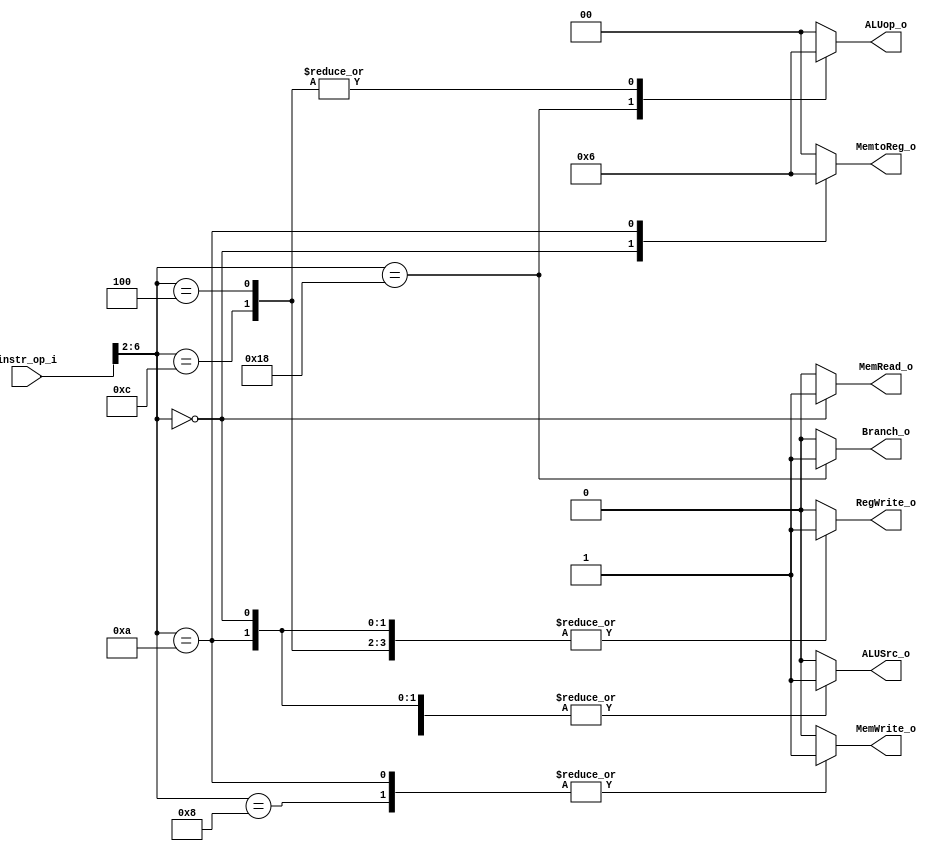
module Controller
(
    instr_op_i,
    ALUop_o,
    RegWrite_o,
    MemWrite_o,
    MemtoReg_o,
    MemRead_o,
    ALUSrc_o,
    Branch_o
);
//*****************************************************************************
    // Parameters Declaration
    // Operation codes
    localparam OPC_OP     = 5'b01100; // Operation
    localparam OPC_OP_IMM = 5'b00100; // Operation Immediate
    localparam OPC_LOAD   = 5'b00000; // Load
    localparam OPC_STORE  = 5'b01000; // Store
    localparam OPC_BRANCH = 5'b11000; // Branch
    localparam OPC_LUI    = 5'b01101; // LUI
    localparam OPC_AUIPC  = 5'b00101; // AUIPC
    localparam OPC_SWAI   = 5'b01010;
    // Function codes
    // Arithmetic Operation
    localparam F3_ADDSUB = 3'b000; // Addition / Subtration
    localparam F3_SLT    = 3'b010; // Set less than (signed)
    localparam F3_SLTU   = 3'b011; // Set less than (unsigned)
    localparam F3_XOR    = 3'b100; // Exclusive OR
    localparam F3_OR     = 3'b110; // OR logic
    localparam F3_AND    = 3'b111; // AND logic
    localparam F3_SLL    = 3'b001; // Logic shift left
    localparam F3_SR     = 3'b101; // Shift right (Logic / Arithmetic)
    
    // I/O Port Declaration
    input  wire [7-1:0] instr_op_i; // Instruction opcode
    output  reg [2-1:0] ALUop_o;    // ALU opcode
    output  reg         RegWrite_o; // Register Write signal
    output  reg         MemWrite_o; // Memory Write signal
    output  reg [2-1:0] MemtoReg_o; // RD_data select
    output  reg         MemRead_o;  // Memory Read signal
    output  reg         ALUSrc_o;   // ALU src2 select
    output  reg         Branch_o;   // Branch address select
//*****************************************************************************
// Block: Control Singal Decoder
    always @(*)
    begin
        case (instr_op_i[6:2]) // Acturally use 5 bits
        ///////////////////////////////////////////////////////////////////////////
        // Solve the truth table
        ///////////////////////////////////////////////////////////////////////////
        // opcode  | RegWrite | ALUSrc | MemWrite | MemtoReg | MemRead | Branch | Jal | Jalr | ALUop |
        // --------+----------+--------+----------+----------+---------+--------+-----+------+-------+-----------------
        // 0000011 |    1     |   1    |    0     |    1     |    1    |    0   |  0  |   0  |   00  | LW
        // 0100011 |    0     |   1    |    1     |    0     |    0    |    0   |  0  |   0  |   00  | SW
        // 1100011 |    0     |   0    |    0     |    0     |    0    |    1   |  0  |   0  |   01  | BEQ
        // 0110011 |    1     |   0    |    0     |    0     |    0    |    0   |  0  |   0  |   10  | R-type
        // 0010011 |    1     |   1    |    0     |    0     |    0    |    0   |  0  |   0  |   10  | R-type
        ///////////////////////////////////////////////////////////////////////////
            OPC_LOAD: // LW
                begin
                    RegWrite_o = 1'b1;
                    ALUSrc_o   = 1'b1;
                    MemWrite_o = 1'b0;
                    MemtoReg_o = 2'b01;
                    MemRead_o  = 1'b1;
                    Branch_o   = 1'b0;
                    ALUop_o    = 2'b00;
                end
            OPC_STORE: // SW
                begin
                    RegWrite_o = 1'b0;
                    ALUSrc_o   = 1'b1;
                    MemWrite_o = 1'b1;
                    MemtoReg_o = 2'b00;
                    MemRead_o  = 1'b0;
                    Branch_o   = 1'b0;
                    ALUop_o    = 2'b00;
                end
            OPC_SWAI: // SWAI
                begin
                    RegWrite_o = 1'b1;
                    ALUSrc_o   = 1'b1;
                    MemWrite_o = 1'b1;
                    MemtoReg_o = 2'b10;
                    MemRead_o  = 1'b0;
                    Branch_o   = 1'b0;
                    ALUop_o    = 2'b00;
                end
            OPC_BRANCH: // BEQ
                begin
                    RegWrite_o = 1'b0;
                    ALUSrc_o   = 1'b0;
                    MemWrite_o = 1'b0;
                    MemtoReg_o = 2'b00;
                    MemRead_o  = 1'b0;
                    Branch_o   = 1'b1;
                    ALUop_o    = 2'b01;
                end
            OPC_OP: // R-type Arithmetic
                begin
                    RegWrite_o = 1'b1;
                    ALUSrc_o   = 1'b0;
                    MemWrite_o = 1'b0;
                    MemtoReg_o = 2'b00;
                    MemRead_o  = 1'b0;
                    Branch_o   = 1'b0;
                    ALUop_o    = 2'b10;
                end
            OPC_OP_IMM: // Arithmetic immediate
                begin
                    RegWrite_o = 1'b1;
                    ALUSrc_o   = 1'b1;
                    MemWrite_o = 1'b0;
                    MemtoReg_o = 2'b00;
                    MemRead_o  = 1'b0;
                    Branch_o   = 1'b0;
                    ALUop_o    = 2'b10;
                end
            default: // None
                begin
                    RegWrite_o = 1'b0;
                    ALUSrc_o   = 1'b0;
                    MemWrite_o = 1'b0;
                    MemtoReg_o = 2'b00;
                    MemRead_o  = 1'b0;
                    Branch_o   = 1'b0;
                    ALUop_o    = 2'b00;
                end
        endcase
    end
//*****************************************************************************
endmodule